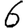
Digit: 6